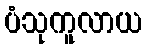
ပံသုကူလာယ